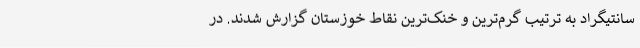
سانتیگراد به ترتیب گرم‌ترین و خنک‌ترین نقاط خوزستان گزارش شدند. در